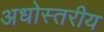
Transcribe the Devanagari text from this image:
अधोस्तरीय